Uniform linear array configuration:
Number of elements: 16
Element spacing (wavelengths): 0.75
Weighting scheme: uniform
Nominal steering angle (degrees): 0
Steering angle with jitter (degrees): -1.332
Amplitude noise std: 0.05
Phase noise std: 0.05

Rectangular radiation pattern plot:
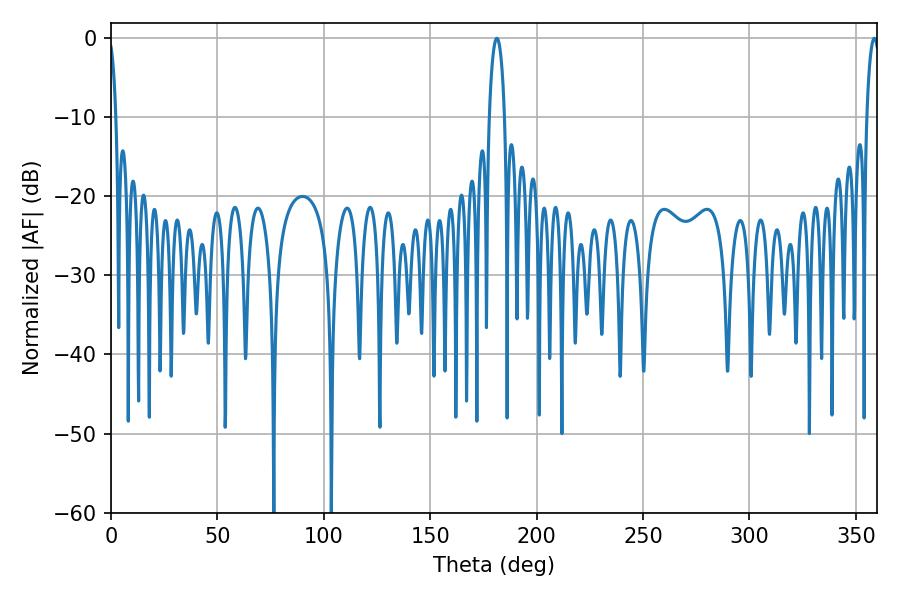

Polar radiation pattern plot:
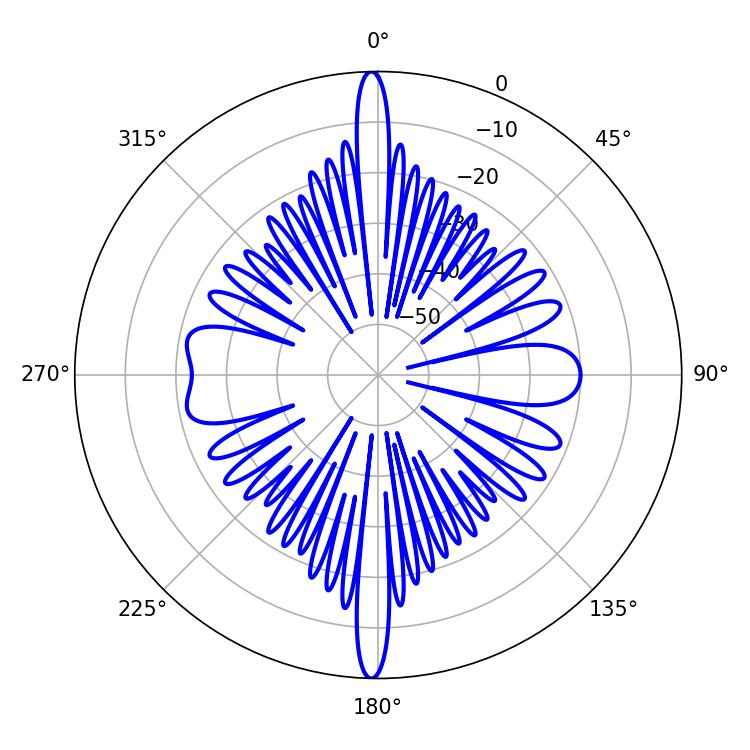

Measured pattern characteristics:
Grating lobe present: TRUE
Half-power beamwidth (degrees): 4.14
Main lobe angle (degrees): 181.26